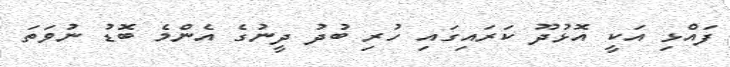
ފައްޅި އަކީ އޮޅުދޫ ކަރައިގައި ހުރި ބުދު ދީނުގެ އެންމެ ބޮޑު ނުވަތަ